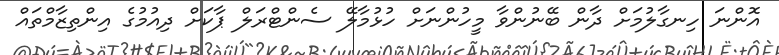
އޮންނަ ހިނގާލުމަށް ދާން ބޭނުންވާ މީހުންނަށް ހުޅުމާލޭ ސެންޓްރަލް ޕާކަށް ދިއުމުގެ އިންތިޒާމްތައް